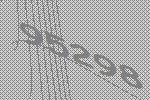
95298